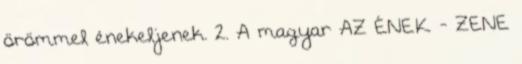
örömmel énekeljenek. 2. A magyar AZ ÉNEK - ZENE